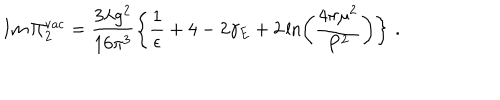
I m \, \Pi _ { 2 } ^ { \mathrm { v a c } } = \frac { 3 \lambda g ^ { 2 } } { 1 6 \pi ^ { 3 } } \left\{ \frac { 1 } { \epsilon } + 4 - 2 \gamma _ { E } + 2 \ln \left( \frac { 4 \pi \mu ^ { 2 } } { P ^ { 2 } } \right) \right\} \, .